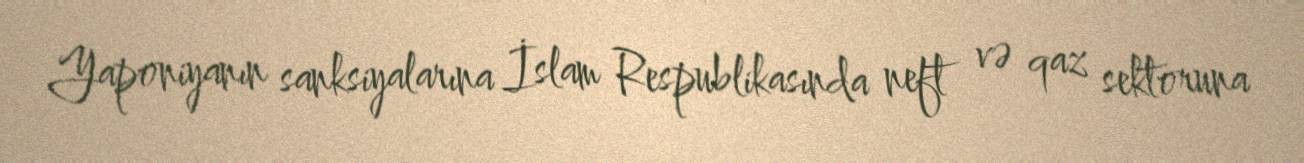
Yaponiyanın sanksiyalarına İslam Respublikasında neft və qaz sektoruna